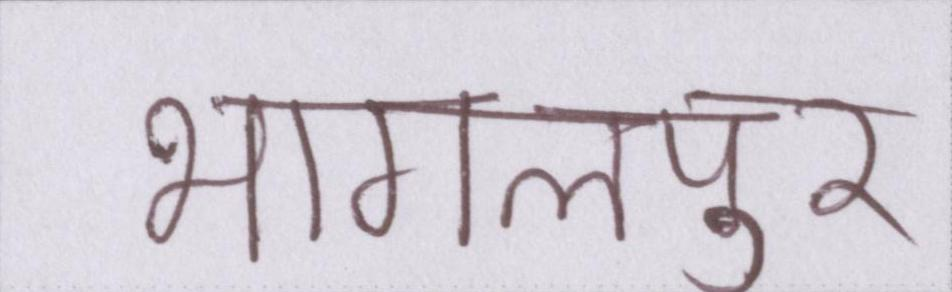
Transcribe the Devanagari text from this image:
भागलपुर